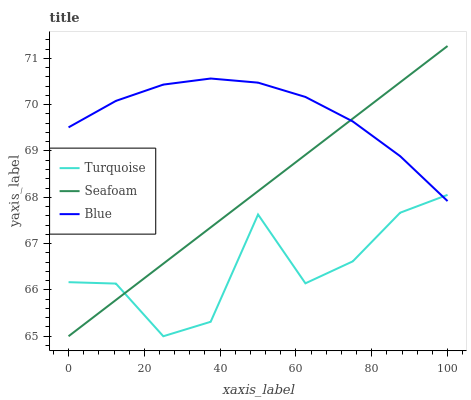
| xaxis_label | Turquoise | Seafoam | Blue |
 | --- | --- | --- | --- |
 | 0 | 66.2 | 65 | 69.5 |
 | 12.5 | 66.1 | 65.8 | 70.1 |
 | 25 | 65 | 66.6 | 70.4 |
 | 37.5 | 65.3 | 67.3 | 70.6 |
 | 50 | 67.6 | 68.1 | 70.5 |
 | 62.5 | 66.1 | 68.9 | 70.2 |
 | 75 | 66.6 | 69.7 | 69.6 |
 | 87.5 | 67.7 | 70.5 | 68.9 |
 | 100 | 68.1 | 71.3 | 67.9 |